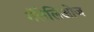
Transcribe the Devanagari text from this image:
गॅलेलिओज